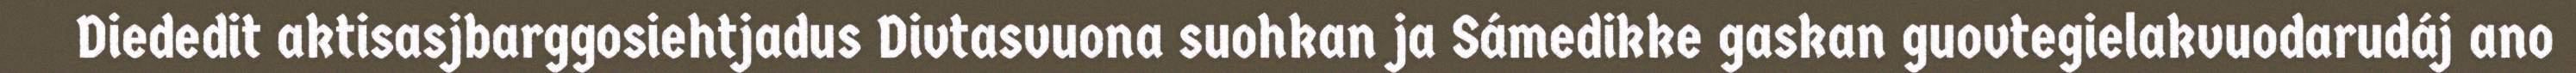
Diededit aktisasjbarggosiehtjadus Divtasvuona suohkan ja Sámedikke gaskan guovtegielakvuodarudáj ano